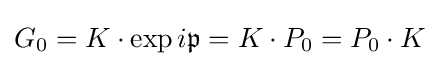
\displaystyle {G_{0}=K\cdot \exp i{\mathfrak {p}}=K\cdot P_{0}=P_{0}\cdot K}